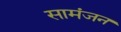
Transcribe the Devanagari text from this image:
सामंजन